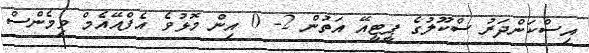
އިސްކަންދަރު ސްކޫލުގެ ޕީޓީއޭ އަތުން 2- 0 އިން މޮޅުވެ އެފްއޭއެމް ވިމެންސް